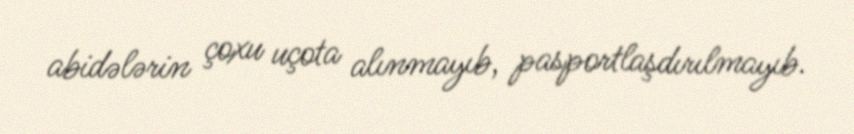
abidələrin çoxu uçota alınmayıb, pasportlaşdırılmayıb.